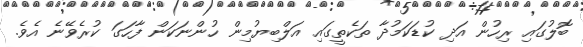
ބޮލުގައި ރިހުން އަދި ކުޑަކަމުދާ ތަކެތީގައި އަލްބިޔުމިން ހުންނަކަން ފާހަގަ ކުރެވޭނެ އެވެ.